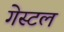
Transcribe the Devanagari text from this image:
गेस्टल